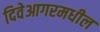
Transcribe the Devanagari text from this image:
दिवेआगरमधील